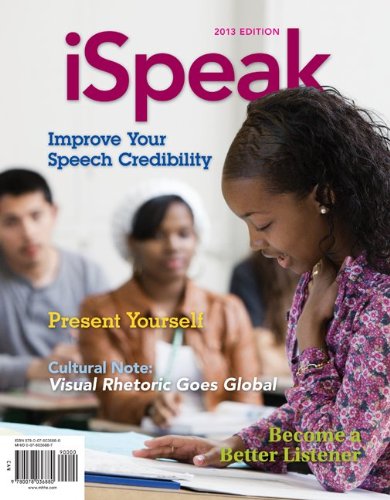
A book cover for iSpeak: Public Speaking for Contemporary Life; Paul Nelson; Reference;